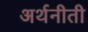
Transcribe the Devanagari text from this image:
अर्थनीती